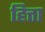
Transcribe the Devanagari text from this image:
हित्ता